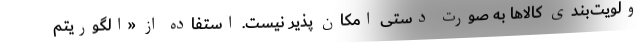
ولویت‌بندی کالاها به صورت دستی امکان پذیر نیست. استفاده از «الگوریتم